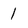
Character: 1